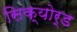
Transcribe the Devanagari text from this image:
सिक्योर्ड